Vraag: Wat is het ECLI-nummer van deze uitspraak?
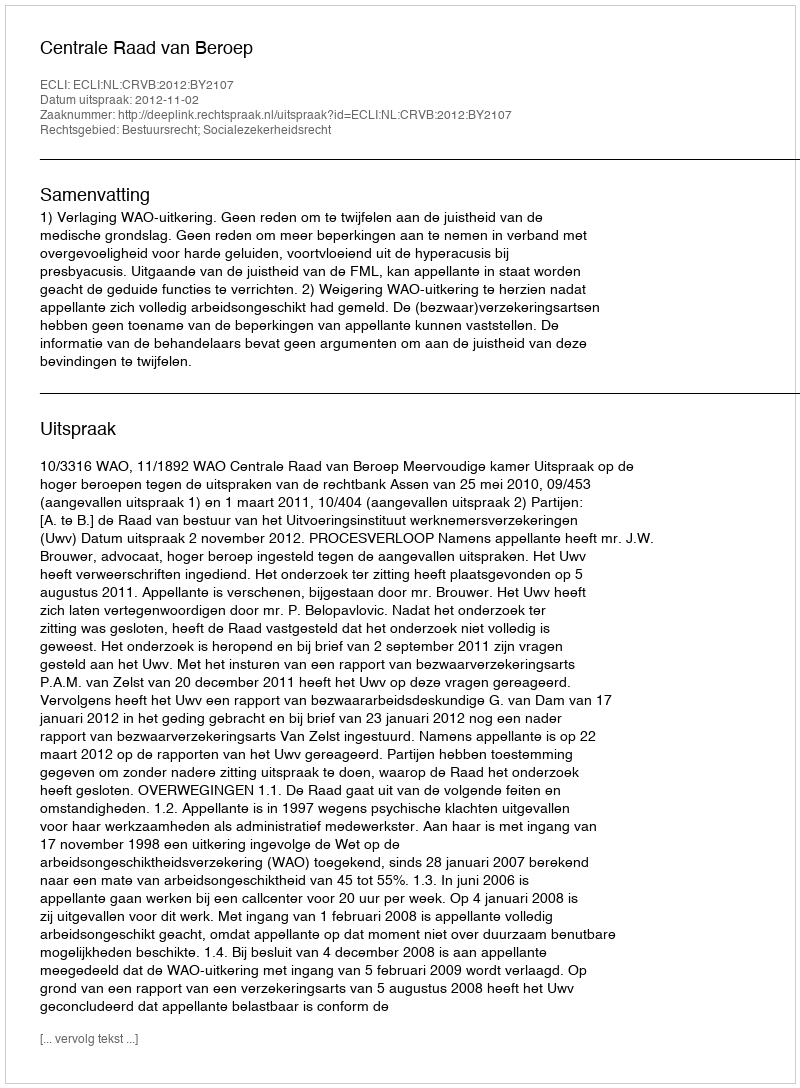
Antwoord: ECLI:NL:CRVB:2012:BY2107